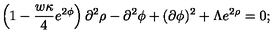
\left( 1 - \frac { w \kappa } { 4 } e ^ { 2 \phi } \right) \partial ^ { 2 } \rho - \partial ^ { 2 } \phi + ( \partial \phi ) ^ { 2 } + \Lambda e ^ { 2 \rho } = 0 ;